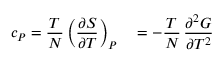
c _ { P } = { \frac { T } { N } } \left( { \frac { \partial S } { \partial T } } \right) _ { P } \quad = - { \frac { T } { N } } \, { \frac { \partial ^ { 2 } G } { \partial T ^ { 2 } } }